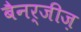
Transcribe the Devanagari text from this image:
बैनर्जीज़